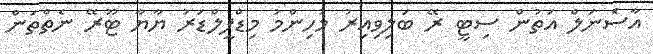
އާސެަނަލް އަތުން ސިޓީ ރޭ ބަލިވިއިރު މުހިންމު މިޑްފީލްޑަރު ޔާޔާ ޓޫރޭ ނެތްތަންް